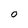
Character: O